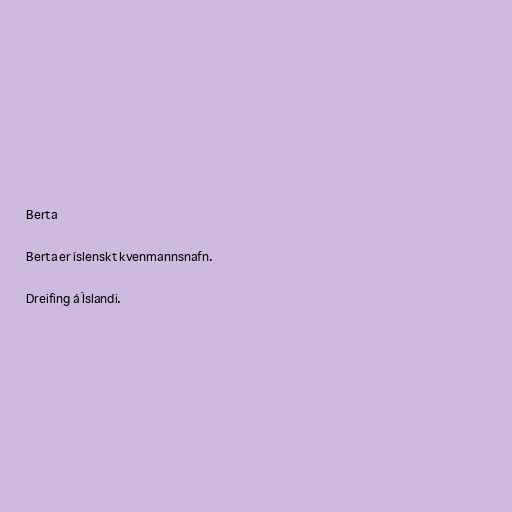
Berta

Berta er íslenskt kvenmannsnafn.

Dreifing á Íslandi.